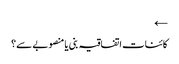
←
کائنات اتفاقیہ بنی یا منصوبے سے؟